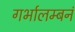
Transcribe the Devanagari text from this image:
गर्भालम्बनं